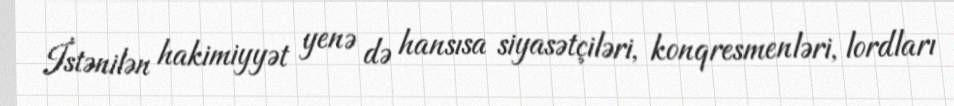
İstənilən hakimiyyət yenə də hansısa siyasətçiləri, konqresmenləri, lordları